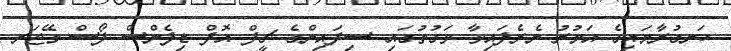
ހަނގުރާމައިގެ އަމުރު ނެރެފައިވާ ވަގުތުގައި ސިފައިންގެ ޗީފް އޮފް ޑިފެންސް ފޯސް މޭޖަރ